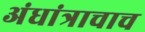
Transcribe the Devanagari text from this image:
अंधांत्राचाच